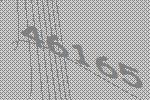
46165